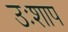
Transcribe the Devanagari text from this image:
उःशाप